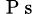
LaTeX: _{\mathrm{~P~s~}}